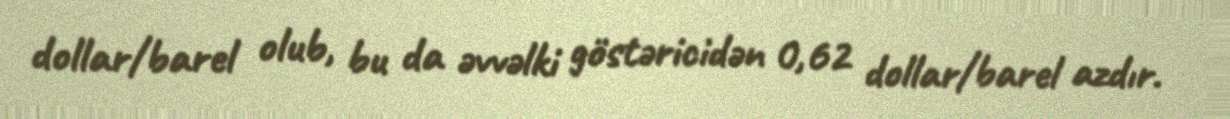
dollar/barel olub, bu da əvvəlki göstəricidən 0,62 dollar/barel azdır.